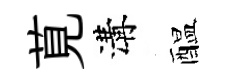
莧溝醖